Lunatic asylums Bombay report 1878-1890 - 1878-1890
Year: 1878
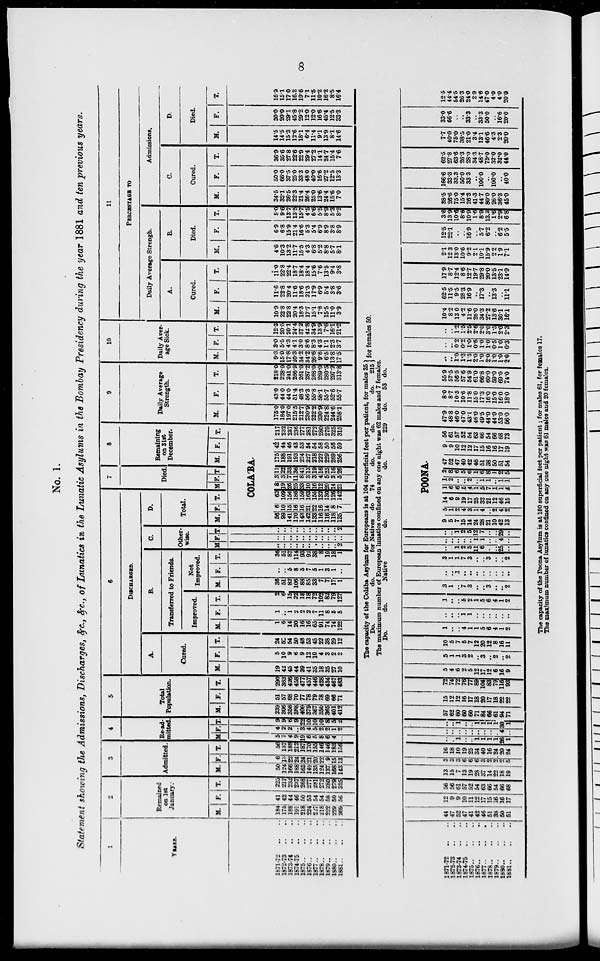
8
No. 1.
Statement showing the Admissions, Discharges, &c., &c., of Lunatics in the Lunatic Asylums in the Bombay Presidency during the year 1881 and ten previous years.
I
YEARS.
1871-72 .. ..
1872-73
.. ..
1873-74
.. ..
1874-75
.. ..
1875
..
..
1876
..
..
1877
..
..
1878
..
..
1879
..
..
1880
..
..
1881
..
..
2
Remained
on 1st
January.
M.
184
175
188
191
218
224
227
218
222
229
269
F.
41
42
44
46
50
53
54
54
58
50
56
T.
225
217
232
237
268
277
281
272
280
279
325
3
Admitted.
M.
50
124
166
188
163
149
135
124
137
168
143
F.
6
13
22
24
24
21
20
22
9
15
13
T.
56
137
188
212
187
170
155
146
146
183
156
4
Re-ad-
mitted.
M.
5
7
4
9
19
6
5
8
6
4
..
F.
4 2
2
..
3
4
5
2
2
1
2
T.
9
9
6
9
22
10
10
10
8
5
2
5
Total
Population.
M.
239
306
258
388
400
379
367
350
365
401
412
F.
51
57
68
70
77
78
79
78
69
66
71
T.
290
363
426
458
477
457
446
428
434
467
483
6
DISCHARGED.
A.
Cured.
M.
19
42
45
44
39
41
35
18
35
27
10
F.
5
10
9
6
9
12
10
4
3
2
2
T.
24
52
54
50
48
53
45
22
38
29
12
B.
Transferred to Friends.
Improved.
M.
1
6
14
20
16
16
65
91
74
74
122
F.
1
..
1
2
2
2
7
11
8
5
5
T.
2
6
15
Not
Improved.
M.
36
51
82
22 106
18
18
72
102
82
79
127
88
85
33
7
7
17
1
F.
..
..
5
8
5
7
5
1
3
1
..
T.
36
51
87
114
93
92
38
8
10
18
1
C.
Other-
wise.
M.
..
..
..
..
..
..
..
..
..
..
2
F.
..
..
..
..
..
..
..
..
..
..
..
T.
..
..
..
..
..
..
..
..
..
..
2
D.
Total.
M. F. T.
7
Died.
M. F. T
8
Remaining
on 31st
December.
M. F. T.
COLA'B A.
56
99
141
170
143
142
133
116
116
118
135
6
10
15
16
16
21
22
16
14
8
7
62
109
156
186
159
163
155
132
130
126
142
8
19
26
25
33
10
16
12
20
14
21
3
3
7
11
8
3
3
4
5
2
5
11 175
22 188
33
36
41
13
19
16
25
16
26
191
193
224
227
218
222
229
269
256
42
44
46
43
53
54
54
58
50
56
59
217
232
237
236
277
281
272
280
279
325
315
9
Daily Average
Strength.
M.
175.0
184.0
197.0
215.5
212.7
230.9
232.2
230.9
224.8
244.6
258.1
F.
43.0
44.0
44.0
51.4
48.3
56.3
55.8
58.1
55.7
52.6
55.7
T.
218.0
228.0
241.0
266.9
261.0
287.2
288.0
289.0
280.5
297.2
313.8
10
Daily Aver-
age Sick.
M.
9.3
15.0
17.8
20.3
34.2
34.2
26.6
9.6
6.5
13.8
17.5
F.
3.0
5.5
4.3
4.1
3.0
8.6
8.3
4.3
1.1
2.3
3.7
T.
12.3
20.5
20.1
24.4
37.2
42.8
34.9
13.9
7.6
16.1
21.2
11
PERCENTAGE
TO
Daily Average Strengh.
A.
Cured.
M.
10.9
22.8
22.8
20.4
18.3
17.7
15.1
7.8
15.5
11.0
3.9
F.
11.6
22.8
20.4
11.6
18.6
21.3
17.9
6.9
5.4
3.8
3.6
T.
11.0
22.8
22.4
18.7
18.4
18.4
15.6
7.6
13.5
9.4
3.8
B.
Died.
M.
4.6
10.3
13.2
11.7
15.5
4.3
6.8
5.2
8.8
5.7
8.1
F.
6.9
6.8
15.9
21.4
16.6
5.3
5.4
6.9
8.9
3.8
8.9
T.
5.0
9.6
13.7
13.5
15.7
4.5
6.6
5.5
8.9
5.3
8.2
Admissions.
C.
Cured.
M.
34.5
32.1
26.5
22.3
21.4
26.4
25.0
13.6
24.4
15.6
7.0
F.
50.0
66.0
37.5
25.0
33.3
48.0
40.0
16.6
27.2
12.5
13.3
T.
36.9
35.6
27.8
22.6
22.9
29.4
27.2
14.1
24.7
15.4
7.6
D.
Died.
M.
14.5
14.5
15.3
12.6
18.1
6.4
11.4
9.1
13.9
8.1
14.6
F.
30.0
20.0
29.1
45.8
29.2
12.0
12.0
16.6
45.4
12.5
33.3
T.
16.9
15.1
17.0
16.2
19.6
7.1
11.5
10.2
16.2
8.5
16.4
The capacity of the Colába Asylum for Europeans is at 104 superficial feet per patient, for males 35
Do.
do.
for Natives
do
74
do.
do.
do.
215 for females 50.
The maximnm number of European lunatics confined on any one night was 62 males and 7 females.
Do.
do.
Native
do.
do.
229
do.
53 do.
1871-72 .. ..
1872-73 .. ..
1873-74 .. ..
1874-75 .. ..
1875
..
..
..
1876 .. .. ..
1877
..
..
..
1878
..
..
..
1879
..
..
..
1880
..
..
..
1881 .. .. ..
44
47
52
47
41
42
46
51
38
50
51
12
9
9
10
11
12
17
15
16
16
17
56
56
61
57
52
54
63
66
54
66
68
13
15
7
13
19
28
37
14
22
18
19
3
3
3
6
6
6
3
2
2
2
5
16
18
10
19
25
34
40
16
24
20
24
..
..
1
..
..
1
1
1
1
26
1
..
..
..
..
..
..
..
..
..
4
..
..
..
1
..
..
1
1
1 1
30
1
57
62
60
60
60
71
84
66
61
94
71
15
12
12
16
17
18
20
17
18
22
22
72
74
72
76
77
89
104
83
79
116
93
5
4
6
2
5
12
17
12
6
16
9
5
1
1
3
2
..
3
..
2
..
2
10
5
7
5
7
12
20
12
8
16
11
1
..
..
4
1
1
5
6
4
1
2
..
..
..
1
1
..
..
..
..
..
..
1
..
..
5
2
1
5
6
4
1
2
3
1
..
7
3
..
..
3
..
..
2
..
..
1
..
..
..
..
..
..
..
..
3
1
1
7
3
..
..
3
..
..
2
..
..
1
2
5
11
6
..
..
25
..
..
..
..
..
..
1
1
..
..
4
..
..
..
1
2
5
12
7
..
..
29
..
POONA.
9
5
7
15
14
24
28
21
10
42
13
5
1
2
4
3
1
4
..
2
4
2
14
6
9
19
17
25
32
21
12
46
15
1
6
6
5
4
1
5
7
1
1
4
1
2
..
..
2
..
1
1
..
1
1
2
8
6
5
6
1
6
8
1
2
5
47
52
47
40
42
46
51
38
50
51
54
9
9
10
12
12
17
15
16
16
17
19
56
61
57
52
54
63
66
54
66
68
73
47.9
48.8
46.0
47.0
43.1
46.0
49.5
44.0
44.0
53.0
56.0
8.0
8.7
10.5
10.6
11.8
15 0
17.3
16.0
15 .0
16.0
18.0
55.9
57.5
56.5
57.6
54.9
61.0
66.8
60.0
59.0
69.0
74.0
..
..
1.0
1.3
1.5
2.0
1.0
2.0
1.0
1.0
2.0
..
..
0.2
0.2
1.0
0.6
1.0
1.0
0.5
1.0
0.3
..
..
1.2
1.5
2.5
2.6
2.0
3.0
1.5
2.0
2.3
10.4
8.2
13. 0
4.2
11.6
26.0
34.3
27.2
13.6
30.1
16.1
62.5
11.5
9.5
28.3
16.9
..
17.3
.,
13.3
..
11.1
17.9
8.7
12.4
8.6
12.7
19.7
29.8
20.0
13.5
23.1
14.9
2.1
12.3
13.0
10.6
9.2
2.1
10.1
15.9
2.2
1.9
7.1
12.5
22.1
..
. .
16.9
..
5.7
6.2
..
6.2
5.5
3.6
13.9
10.6
8.6
10.9
1.6
8.9
13.3
1.6
2.9
6.8
38.5
26.6
75.0
15.4
26.3
41.3
44.7
80.0
26.0
36.3
45.0
166.6
33.3
33.3
50.0
33.3
..
100.0
..
100.0
..
40 0
62.5
27.8
63.6
26.3
28.0
34.3
48.7
75.0
32.0
32.0
44.0
7.7
40.0
75.0
38.5
21.0
3.4
13.1
46.6
4.3
2.3
20.0
33.0
66.6
..
..
33.3
..
33.3
50.0
..
16.6
20.0
12.5
44.4
54.5
26.3
24.0
2.9
14.6
47.0
4.0
4.0
20.0
The capacity of the Poona Asylum is at 100 superficial feet per patient ; for males 61, for females 17.
The maximum number of lunatics confined on any one night was 61 males and 20 females.